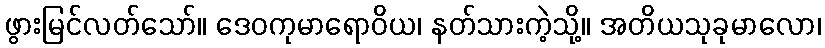
ဖွားမြင်လတ်သော်။ ဒေဝကုမာရောဝိယ၊ နတ်သားကဲ့သို့။ အတိယသုခုမာလော၊